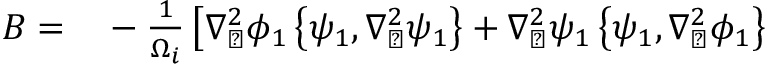
\begin{array} { r l } { B = } & { { } - \frac { 1 } { \Omega _ { i } } \left[ \nabla _ { \perp } ^ { 2 } \phi _ { 1 } \left\{ \psi _ { 1 } , \nabla _ { \perp } ^ { 2 } \psi _ { 1 } \right\} + \nabla _ { \perp } ^ { 2 } \psi _ { 1 } \left\{ \psi _ { 1 } , \nabla _ { \perp } ^ { 2 } \phi _ { 1 } \right\} \right. } \end{array}